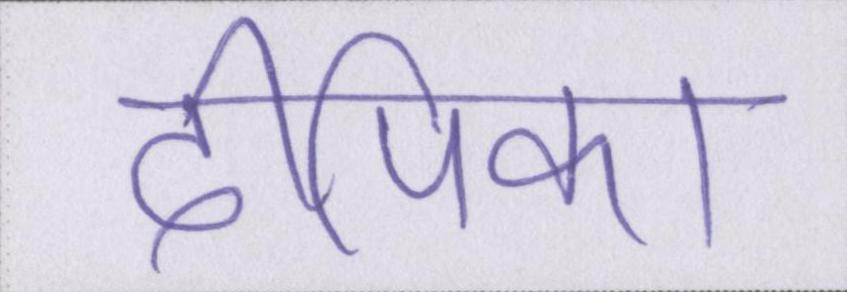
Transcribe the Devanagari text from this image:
दीपिका